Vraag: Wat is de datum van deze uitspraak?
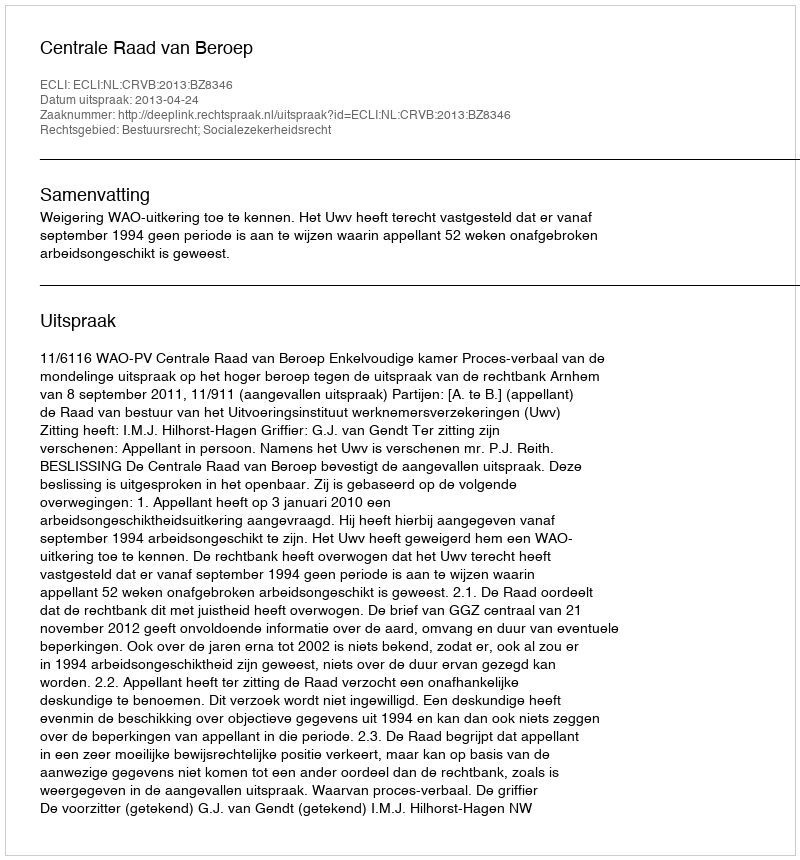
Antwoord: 2013-04-24